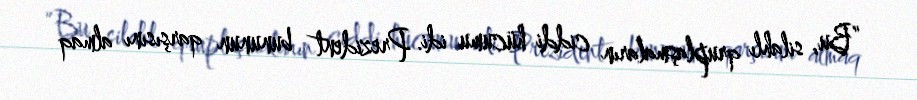
“Bu, silahlı qruplaşmaların ciddi hücumu idi. Prezident bununun qarşısını almaq